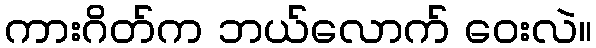
ကားဂိတ်က ဘယ်လောက် ဝေးလဲ။